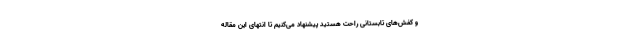
و کفش‌های تابستانی راحت هستید پیشنهاد می‌کنیم تا انتهای این مقاله